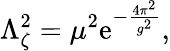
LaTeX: \Lambda_{\zeta}^{2}=\mu^{2}\mathrm{e}^{-\frac{{4\pi^{2}}}{{g^{2}}}},